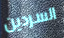
السردين